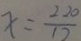
x = \frac { 2 2 0 } { 1 2 }